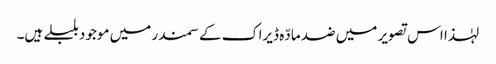
لہٰذا اس تصویر میں ضد مادّہ ڈیراک کے سمندر میں موجود بلبلے ہیں۔